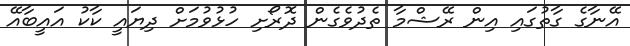
އޭނާގެ ގާތުގައި އިން ރޭޝްމާ ތެދުވެގެން ދޮރޯށި ހުޅުވުމަށް ދިޔައީ ކާކު އައީބާއޭ